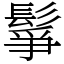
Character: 鬇